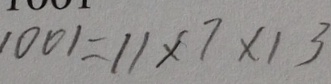
1 0 0 1 = 1 1 \times 7 \times 1 3